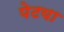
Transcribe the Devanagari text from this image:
पेटया